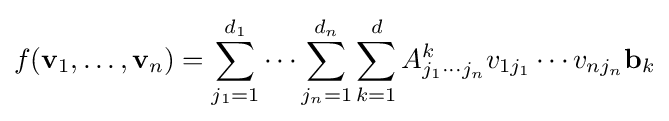
f({\textbf {v}}_{1},\ldots ,{\textbf {v}}_{n})=\sum _{j_{1}=1}^{d_{1}}\cdots \sum _{j_{n}=1}^{d_{n}}\sum _{k=1}^{d}A_{j_{1}\cdots j_{n}}^{k}v_{1j_{1}}\cdots v_{nj_{n}}{\textbf {b}}_{k}